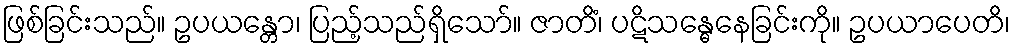
ဖြစ်ခြင်းသည်။ ဥပယန္တော၊ ပြည့်သည်ရှိသော်။ ဇာတိံ၊ ပဋိသန္ဓေနေခြင်းကို။ ဥပယာပေတိ၊